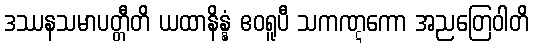
ဒဿနသမာပတ္တီတိ ယထာနိန္နံ ဧဝရူပီ သကဏ္ဋကော အညတြေဝါတိ